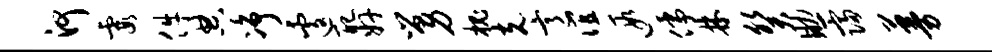
河霞件典净遽配奸舅槐克意谊遐儒林癸助寝蔓